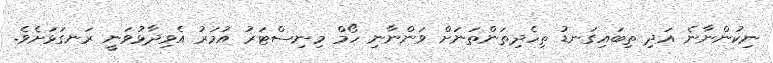
ނިކުންނާނެ އަދި ތިބައިގަނޑު ތިހެދިތަންތަނަށް ވަންނާނި ހޯމް މިނިސްޓަރު އުމަރު އެވިދާޅުވަނީ ރަނގަޅަށެވެ.